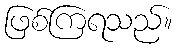
ဖြစ်ကြရသည်။